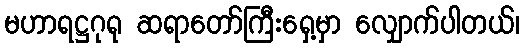
မဟာရဋ္ဌဂုရု ဆရာတော်ကြီးရှေ့မှာ လျှောက်ပါတယ်၊